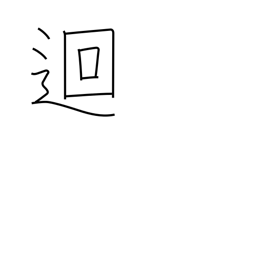
Meaning: go around